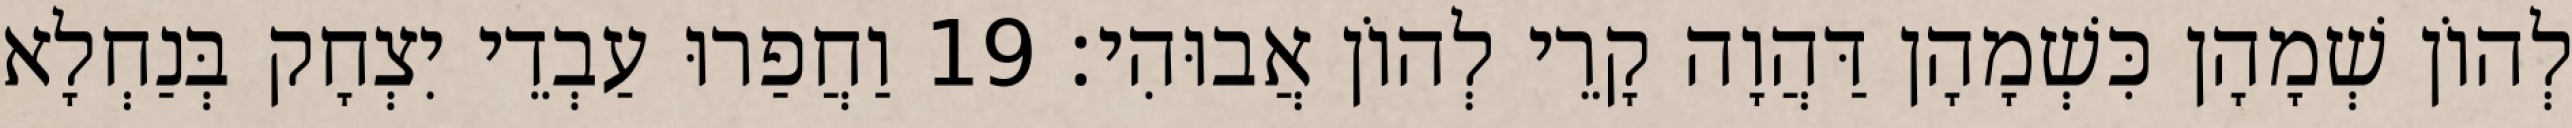
לְהוֹן שְׁמָהָן כִּשְׁמָהָן דַּהֲוָה קָרֵי לְהוֹן אֲבוּהִי׃ 19 וַחֲפַרוּ עַבְדֵי יִצְחָק בְּנַחְלָא